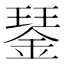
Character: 𨨖